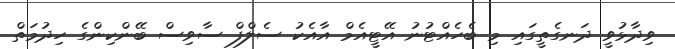
ވިދާޅުވީ ދަނގެތީގައި މި ބެހެއްޓުނު އޭޓީއެމް އާއެކު ސެލްފް ސާވިސް ބޭންކިންގެ ހިދުމަތް